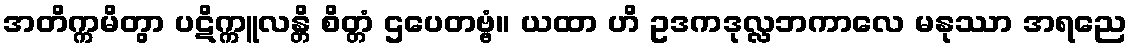
အတိက္ကမိတွာ ပဋိက္ကူလန္တိ စိတ္တံ ဌပေတဗ္ဗံ။ ယထာ ဟိ ဥဒကဒုလ္လဘကာလေ မနုဿာ အရညေ